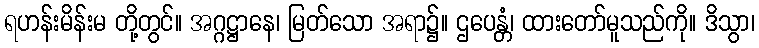
ရဟန်းမိန်းမ တို့တွင်။ အဂ္ဂဋ္ဌာနေ၊ မြတ်သော အရာ၌။ ဌပေန္တံ၊ ထားတော်မူသည်ကို။ ဒိသွာ၊